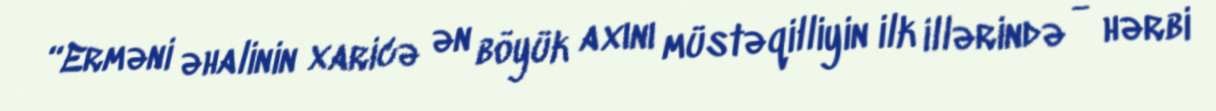
“Erməni əhalinin xaricə ən böyük axını müstəqilliyin ilk illərində - hərbi